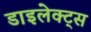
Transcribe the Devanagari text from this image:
डाइलेक्ट्स